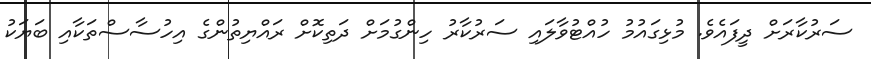
ސަރުކާރަށް ދީފައެވެ. މުޅިގައުމު ހުއްޓުވާލައި ސަރުކާރު ހިންގުމަށް ދަތިކޮށް ރައްޔިތުންގެ އިހުސާސްތަކާއި ބަޔަކު